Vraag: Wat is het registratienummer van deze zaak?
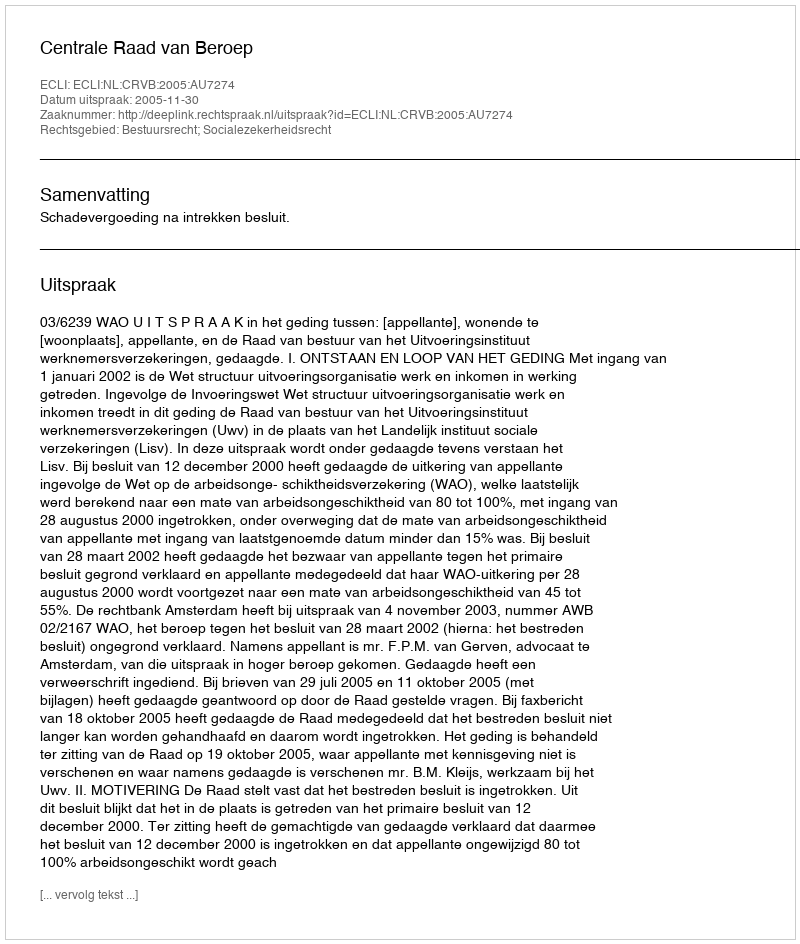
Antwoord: http://deeplink.rechtspraak.nl/uitspraak?id=ECLI:NL:CRVB:2005:AU7274